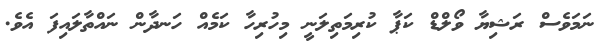
ނަމަވެސް ރަޝިޔާ ވޯލްޑް ކަޕާ ކުރިމަތިލަނީ މިހުރިހާ ކަމެއް ހަނދާން ނައްތާލައިފަ އެވެ.